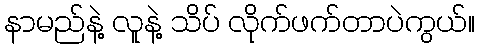
နာမည်နဲ့ လူနဲ့ သိပ် လိုက်ဖက်တာပဲကွယ်။